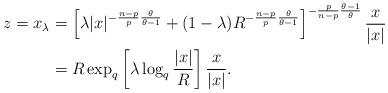
LaTeX: \begin{align*}\begin{aligned}z=x_{\lambda}&= \left[ \lambda |x|^{-\frac{n-p}{p}\frac{\theta}{\theta-1}}+(1-\lambda)R^{-\frac{n-p}{p}\frac{\theta}{\theta-1}} \right]^{-\frac{p}{n-p}\frac{\theta-1}{\theta}}\frac{x}{|x|}\\&=R\exp_{q}\left[\lambda \log_{q}\frac{|x|}{R}\right]\frac{x}{|x|}.\end{aligned}\end{align*}